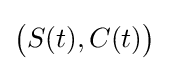
{\bigl (}S(t),C(t){\bigr )}